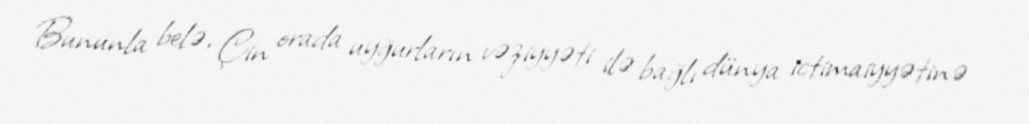
Bununla belə, Çin orada uyğurların vəziyyəti ilə bağlı dünya ictimaiyyətinə